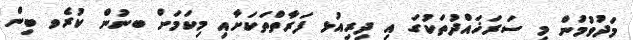
މަދުވުމުން މި ސަރަޚައްދުތަކުގަ އި ދިރިއުޅ ފަރާތްތަކަށާއި މިކަމަށް ބނުން ކުރެވ ބިން